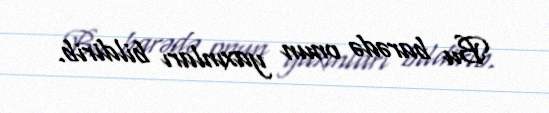
Bu barədə onun yaxınları bildirib.